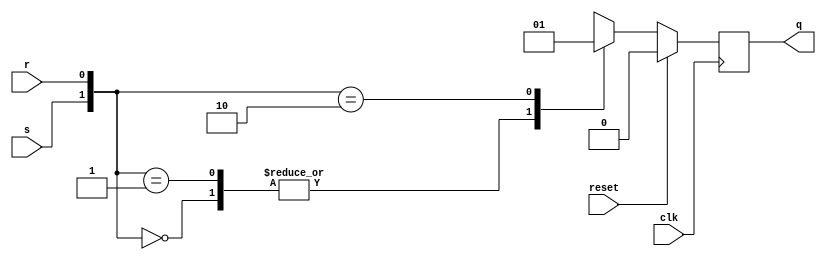
`timescale 1ns / 1ps
//////////////////////////////////////////////////////////////////////////////////
// Company: 
// Engineer: 
// 
// Design Name: 
// Module Name: SR_FLIPFLOP_SYC
// Project Name: 
// Target Devices: 
// Tool Versions: 
// Description: 
// 
// Dependencies: 
// 
// Revision:
// Revision 0.01 - File Created
// Additional Comments:
// 
//////////////////////////////////////////////////////////////////////////////////


module SR_FLIPFLOP_SYC(input clk,input reset,input s,input r,output reg q );

always@(posedge clk)begin
if(reset)begin
  q <=1'b0;
 end else begin
 case({s,r})
    2'b00: q <= 1'b0; // no change
    2'b01: q<= 1'b0; // reset
    2'b10: q<= 1'b1;// set
    2'b11: q<= 1'bx; // invalid 
    endcase
    end
 end    
 endmodule